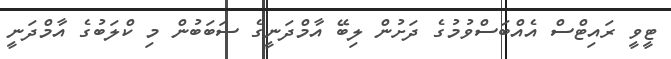
ޓީވީ ރައިޓްސް އެއްބަސްވުމުގެ ދަށުން ލިބޭ އާމްދަނީގެ ސަބަބުން މި ކްލަބުގެ އާމްދަނީ